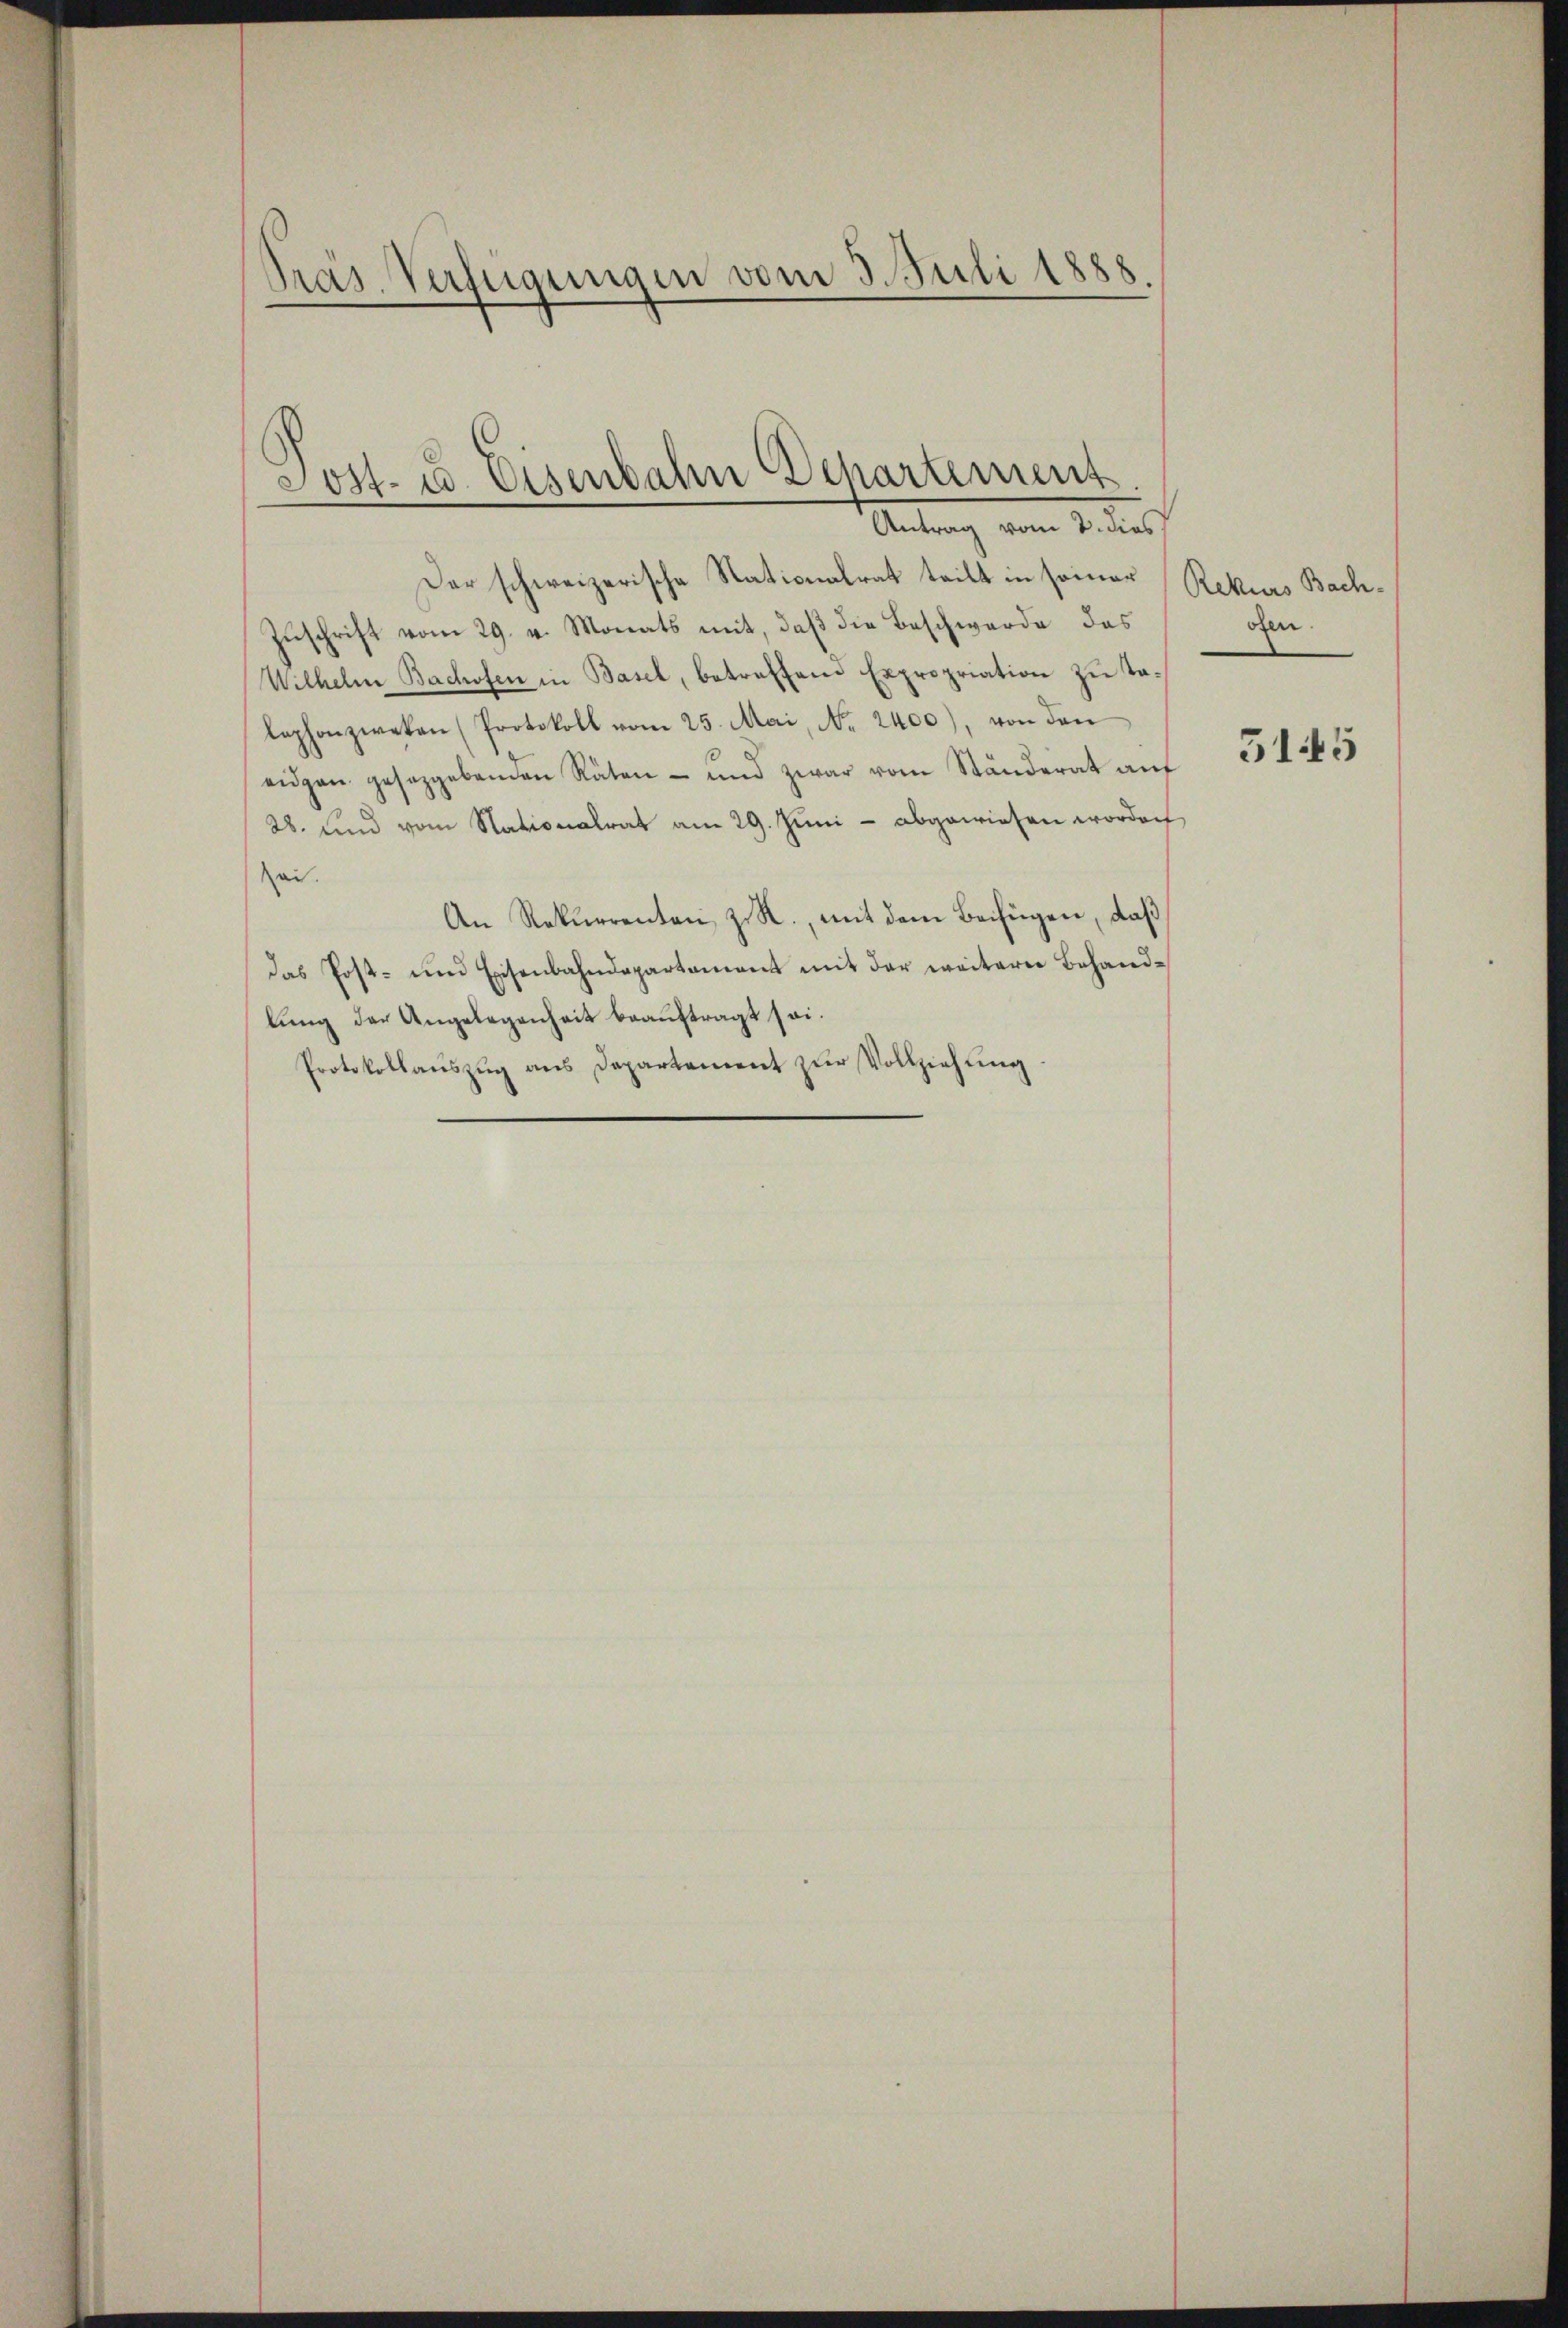
Pras. Verfügungen vom 3. Juli 1888.

Der schweizerische Stationalrat teilt in seiner
Zuschrift vom 29. v. Monats mit, daß die Beschwerde das
Wilhelm Bachofen in Basel, betreffend Expropriation zu Talephon zweken (Protokoll vom 25. Mai, No. 2400), von den
eidgen gesetzgebenden Räten- und zwar vom Ständerat auf
28. und vom Nationalrat am 29. Juni - abgewiesen worden
Zei.
An Rekurrenten, z. R., mit dem Beifügen, daß
das Post- und Eisenbahndepartament mit der weiterer Behand-
lung der Angelegenheit beauftragt sei.
Protokollaŭszŭg ans Departement zŭr Vollziehŭng

Post- u. Eisenbahn Departement.
Antrag vom 2. dies

Rekurs Bach-
ofen.

5145